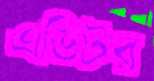
এডিটর